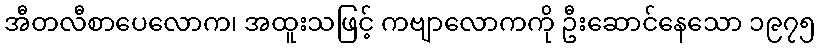
အီတလီစာပေလောက၊ အထူးသဖြင့် ကဗျာလောကကို ဦးဆောင်နေသော ၁၉၇၅